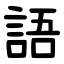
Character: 語